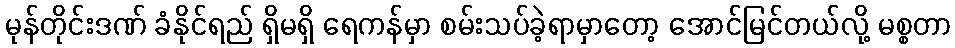
မုန်တိုင်းဒဏ် ခံနိုင်ရည် ရှိမရှိ ရေကန်မှာ စမ်းသပ်ခဲ့ရာမှာတော့ အောင်မြင်တယ်လို့ မစ္စတာ